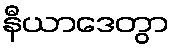
နီယာဒေတွာ